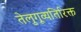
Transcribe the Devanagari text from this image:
तेलुगूव्यतिरिक्त